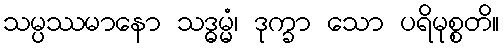
သမ္ပဿမာနော သဒ္ဓမ္မံ၊ ဒုက္ခာ သော ပရိမုစ္စတိ။